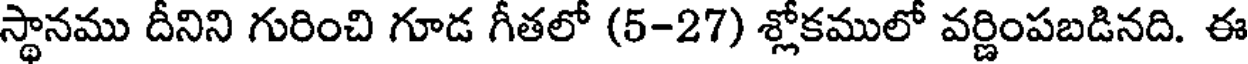
స్థానము దీనిని గురించి గూడ గీతలో (5-27) శ్లోకములో వర్ణింపబడినది. ఈ